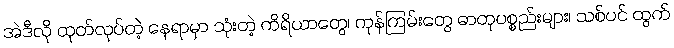
အဲဒီလို ထုတ်လုပ်တဲ့ နေရာမှာ သုံးတဲ့ ကိရိယာတွေ၊ ကုန်ကြမ်းတွေ ဓာတုပစ္စည်းများ၊ သစ်ပင် ထွက်